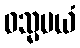
ဝသ္မမယံ